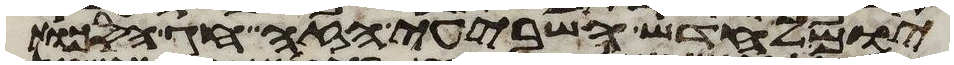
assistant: יום לחדש השביעי הזה חג הסכות